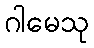
ဂါမေသု